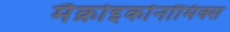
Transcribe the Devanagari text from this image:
मैक्रोइकोनॉमिक्स